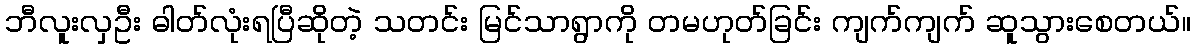
ဘီလူးလှဦး ဓါတ်လုံးရပြီဆိုတဲ့ သတင်း မြင်သာရွာကို တမဟုတ်ခြင်း ကျက်ကျက် ဆူသွားစေတယ်။